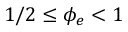
1 / 2 \le \phi _ { e } < 1